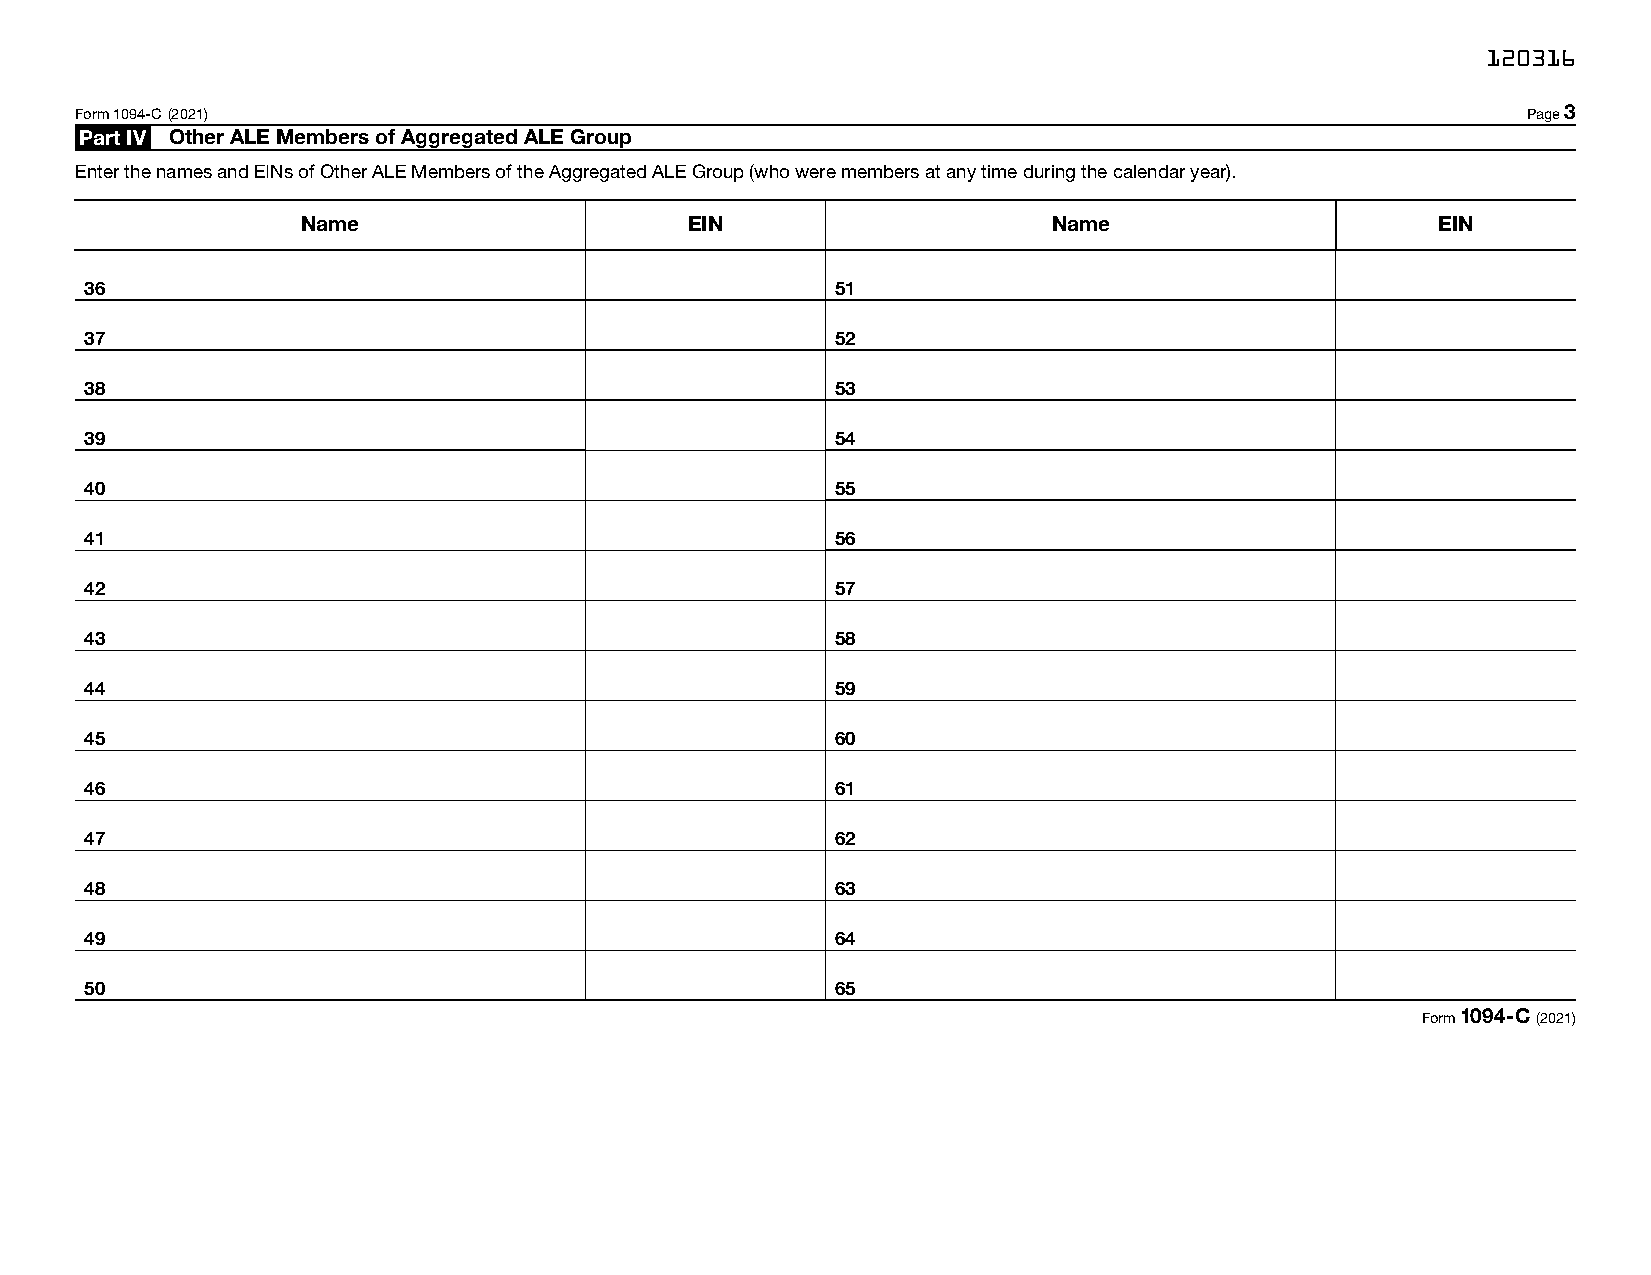
120316
 Form 1094-C (2021)                                                                              Page 3
 Part IV Other ALE Members of Aggregated ALE Group
 Enter the names and EINs of Other ALE Members of the Aggregated ALE Group (who were members at any time during the calendar year).
 Name                      EIN                     Name                     EIN
 36                                               51
 37                                               52
 38                                               53
 39                                               54
 40                                               55
 41                                               56
 42                                               57
 43                                               58
 44                                               59
 45                                               60
 46                                               61
 47                                               62
 48                                               63
 49                                               64
 50                                               65
 Form 1094-C (2021)